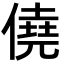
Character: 僥